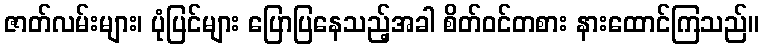
ဇာတ်လမ်းများ၊ ပုံပြင်များ ပြောပြနေသည့်အခါ စိတ်ဝင်တစား နားထောင်ကြသည်။